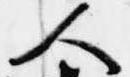
人